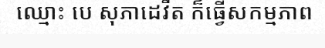
ឈ្មោះ បេ សុភាដេវីត ក៏ធ្វើសកម្មភាព